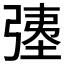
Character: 𫸹